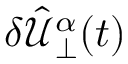
\delta \hat { \mathcal { U } } _ { \perp } ^ { \alpha } ( t )